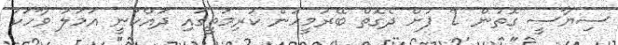
ސިޔާސީ ގޮތުން 2 ފުށް ދެގޮތް ބޭރުމީހުން ކުރިމަތީގައި ދައްކަނީ އަމަލު ވާހަކަ